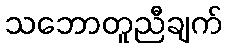
သဘောတူညီချက်